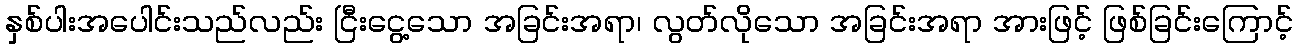
နှစ်ပါးအပေါင်းသည်လည်း ငြီးငွေ့သော အခြင်းအရာ၊ လွတ်လိုသော အခြင်းအရာ အားဖြင့် ဖြစ်ခြင်းကြောင့်